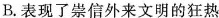
B.表现了崇信外来文明的狂热